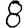
Digit: 8